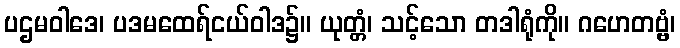
ပဌမဝါဒေ၊ ပဒမထေရ်ငယ်ဝါဒ၌။ ယုတ္တံ၊ သင့်သော တဒါရုံကို။ ဂဟေတဗ္ဗံ၊